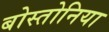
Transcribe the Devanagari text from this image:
बोस्तोनिया